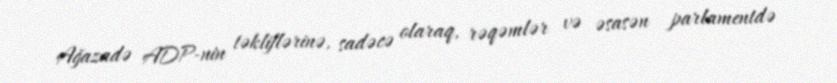
Ağazadə ADP-nin təkliflərinə, sadəcə olaraq, rəqəmlər və əsasən parlamentdə